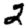
Digit: 2